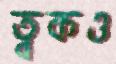
ত্বকও